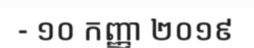
- ១០ កញ្ញា ២០១៩